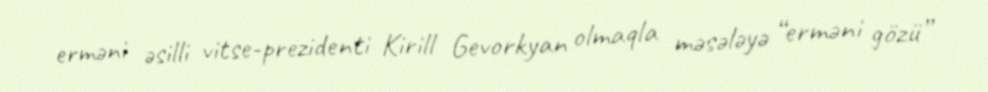
erməni əsilli vitse-prezidenti Kirill Gevorkyan olmaqla məsələyə “erməni gözü”